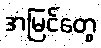
အမြင်တွေ